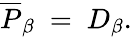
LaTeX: \overline{{{P}}}_{\beta}~=~D_{\beta}.